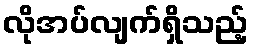
လိုအပ်လျက်ရှိသည့်